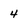
Character: 4